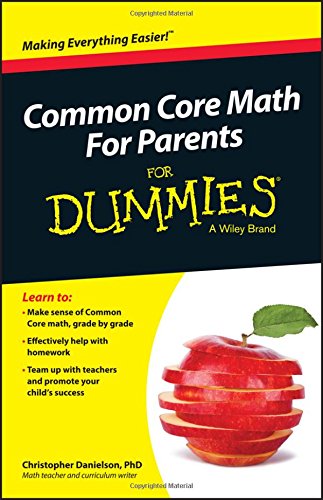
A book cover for Common Core Math For Parents For Dummies with Videos Online; Christopher Danielson; Education & Teaching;